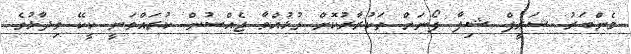
މެންބަރު ޝަރީފް ޝިފާ ފޯނަށް ތަކުރާރުކޮށް ގުޅުއްވާ ޖެއްސުން ކުރައްވަނީ ކީކޭ ވިދާޅުވެ